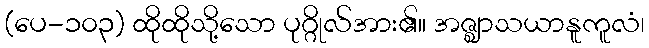
(ပေ-၁၀၃) ထိုထိုသို့သော ပုဂ္ဂိုလ်အား၏။ အဇ္ဈာသယာနူကူလံ၊